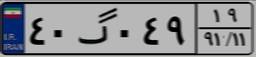
۴۰گ۰۴۹۱۹